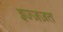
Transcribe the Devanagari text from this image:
इज्ज़ज़त